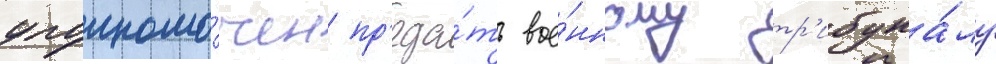
уполномо́чен пр'еда́ть вое́нному тр'ибуна́лу